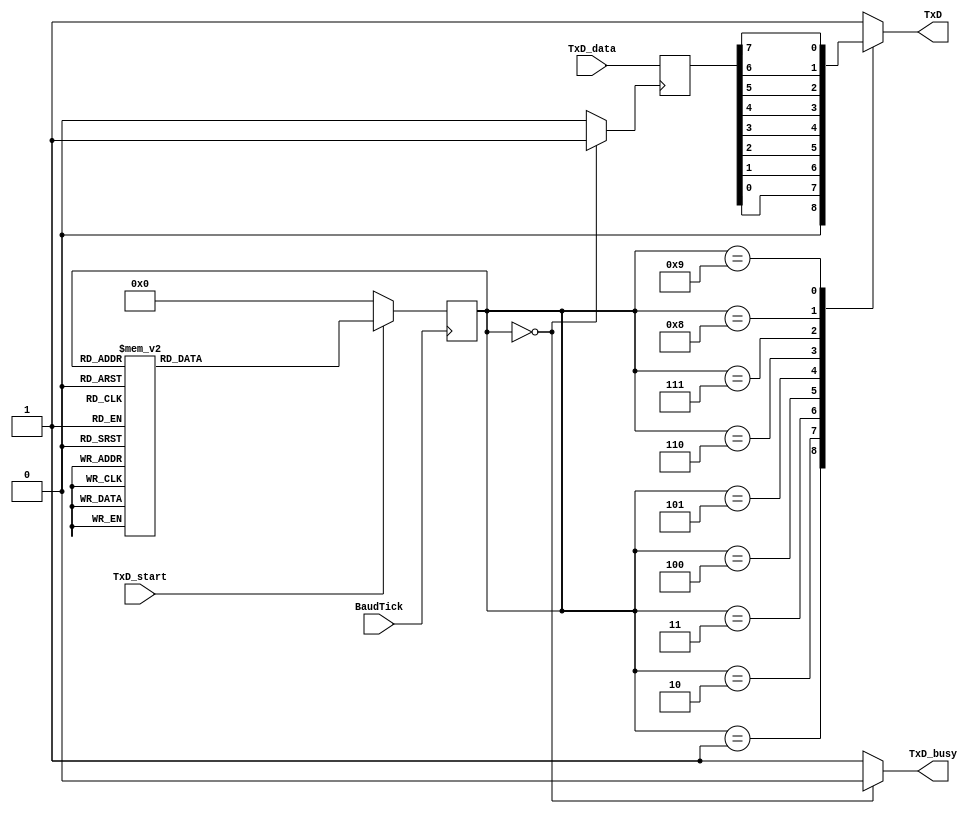
//////////////////////////////////////////////////////////////////////////////////
// Module Name:    transmisor_async 
// Target Device:  DE0-Nano
//////////////////////////////////////////////////////////////////////////////////

module transmisor_async(BaudTick, TxD_start, TxD_data, TxD, TxD_busy);
input BaudTick, TxD_start;
input [7:0] TxD_data;
output  TxD_busy;
output reg TxD=1'b1; ///inicializar

reg [7:0] TxD_data_OK=8'b0000_0000;
reg [3:0] state=4'b0000;///inicializar
reg [3:0] nextstate=4'b0000;///inicializar
reg TxD_ready;
reg TxD_busy;

always@*
 case(state[3:0])
  4'b0000: TxD_ready<=1'b1;
  default: TxD_ready<=1'b0;
endcase

always@*
 case(state[3:0])
  4'b0000: TxD_busy<=1'b0;
  default: TxD_busy<=1'b1;
endcase

// guardar el byte
always@(posedge TxD_ready)
  TxD_data_OK[7:0]<=TxD_data[7:0];

// FSM para transmitir
always@(posedge BaudTick)
 if (~TxD_start)
  state[3:0]<=4'b0000;
 else 
  state[3:0]<=nextstate[3:0];
  
always @*
case(state[3:0])
	4'b0000:  nextstate[3:0] <= 4'b0001;  // ocioso
	4'b0001:  nextstate[3:0] <= 4'b0010;  // start
	4'b0010:  nextstate[3:0] <= 4'b0011;  // bit 0
	4'b0011:  nextstate[3:0] <= 4'b0100;  // bit 1
	4'b0100:  nextstate[3:0] <= 4'b0101;  // bit 2
	4'b0101:  nextstate[3:0] <= 4'b0110;  // bit 3
	4'b0110:  nextstate[3:0] <= 4'b0111;  // bit 4
	4'b0111:  nextstate[3:0] <= 4'b1000;  // bit 5
	4'b1000:  nextstate[3:0] <= 4'b1001;  // bit 6
	4'b1001:  nextstate[3:0] <= 4'b1010;  // bit 7
	4'b1010:  nextstate[3:0] <= 4'b1011;  // stop1
	4'b1011:  nextstate[3:0] <= 4'b1011;  // stop2
	default:  nextstate[3:0] <= 4'b1011;  // ocioso ---importante "ultimo state" para no entrar en state indeseable
endcase

// salida
always @*
case(state[3:0])
	4'd0: TxD <= 1'b1; //ocioso
	4'd1: TxD <= 1'b0; //start
	4'd2: TxD <= TxD_data_OK[0];
	4'd3: TxD <= TxD_data_OK[1];
	4'd4: TxD <= TxD_data_OK[2];
	4'd5: TxD <= TxD_data_OK[3];
	4'd6: TxD <= TxD_data_OK[4];
	4'd7: TxD <= TxD_data_OK[5];
	4'd8: TxD <= TxD_data_OK[6];
	4'd9: TxD <= TxD_data_OK[7];
	4'd10: TxD <= 1'b1; //stop
	4'd11: TxD <= 1'b1; //stop
	default: TxD<=1'b1; //stop, ocioso
endcase

endmodule